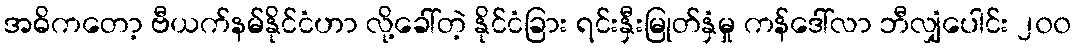
အဓိကတော့ ဗီယက်နမ်နိုင်ငံဟာ လို့ခေါ်တဲ့ နိုင်ငံခြား ရင်းနှီးမြုတ်နှံမှု ကန်ဒေါ်လာ ဘီလျှံပေါင်း ၂၀၀